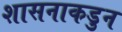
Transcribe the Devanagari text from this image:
शासनाकडुन